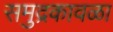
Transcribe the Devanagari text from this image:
समुद्रकावळा